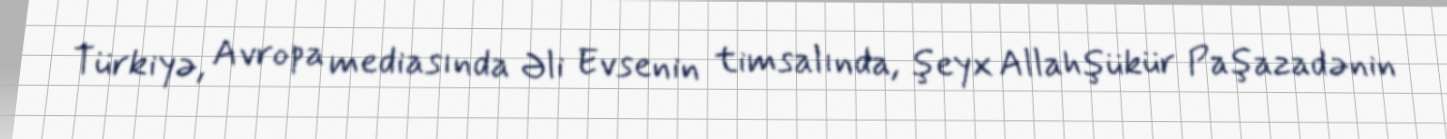
Türkiyə, Avropa mediasında Əli Evsenin timsalında, şeyx Allahşükür Paşazadənin